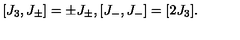
[ J _ { 3 } , J _ { \pm } ] = \pm J _ { \pm } , [ J _ { - } , J _ { - } ] = [ 2 J _ { 3 } ] .